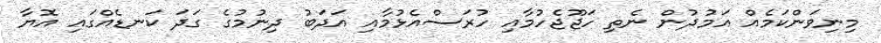
މިނިވަންކަމެއް އަމުދުން ނެތި ހަޖޫޖެހުމާއި ހުރަސްއެޅުމާއި އަދަބު ދިނުމުގެ ގަދަ ކަނޑެއްގައި އޮޔާ